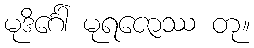
မုဒိင်္ဂေါ မုရဇောဿ တု။